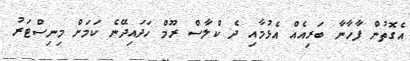
އެގޮތުން ފާހާނާ ބަރިއެއް އެޅުމާއި ދެ ކްލާސް ރޫމް ހަދައިދޭނެ ކަމަށް މިނިސްޓަރު